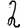
Digit: 2